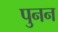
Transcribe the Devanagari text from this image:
पुनन